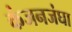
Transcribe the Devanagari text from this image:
कंजनजंघा